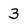
Character: 3